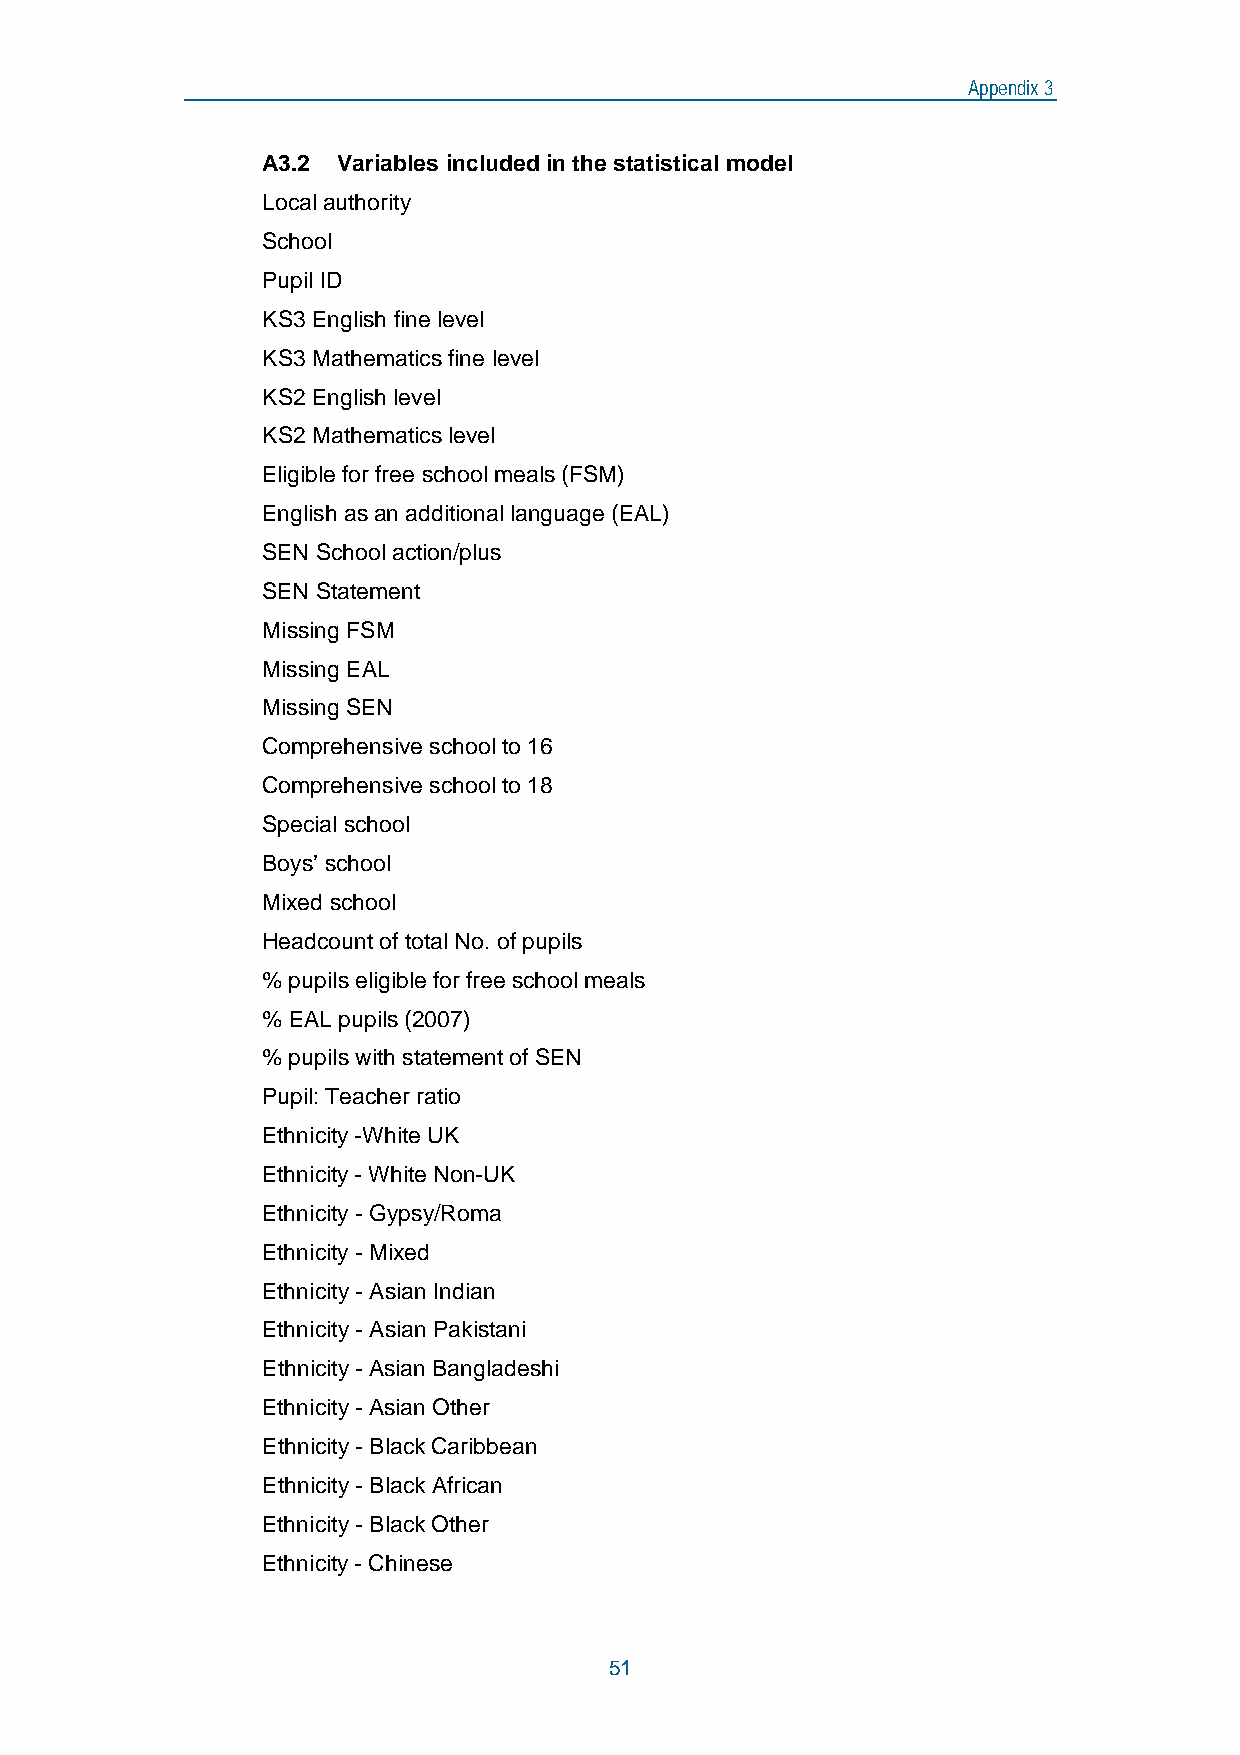
Appendix 3
 A3.2 Variables included in the statistical model
 Local authority
 School
 Pupil ID
 KS3 English fine level
 KS3 Mathematics fine level
 KS2 English level
 KS2 Mathematics level
 Eligible for free school meals (FSM)
 English as an additional language (EAL)
 SEN School action/plus
 SEN Statement
 Missing FSM
 Missing EAL
 Missing SEN
 Comprehensive school to 16
 Comprehensive school to 18
 Special school
 Boys’ school
 Mixed school
 Headcount of total No. of pupils
 % pupils eligible for free school meals
 % EAL pupils (2007)
 % pupils with statement of SEN
 Pupil: Teacher ratio
 Ethnicity -White UK
 Ethnicity - White Non-UK
 Ethnicity - Gypsy/Roma
 Ethnicity - Mixed
 Ethnicity - Asian Indian
 Ethnicity - Asian Pakistani
 Ethnicity - Asian Bangladeshi
 Ethnicity - Asian Other
 Ethnicity - Black Caribbean
 Ethnicity - Black African
 Ethnicity - Black Other
 Ethnicity - Chinese
 51